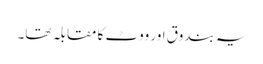
یہ بندوق اور ووٹ کا مقابلہ تھا۔